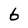
Character: 6